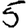
Digit: 5